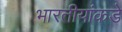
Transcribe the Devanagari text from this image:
भारतीयांकडे